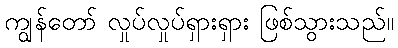
ကျွန်တော် လှုပ်လှုပ်ရှားရှား ဖြစ်သွားသည်။